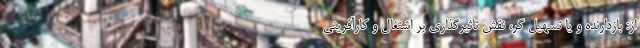
از: بازدارنده و یا تسهیل گر، نقش تاثیر‌گذاری بر اشتغال و کارآفرینی